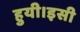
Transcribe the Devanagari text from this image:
हुयी।इसी